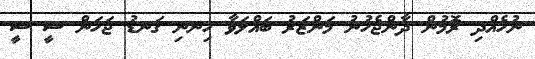
ނުހެއްދި ރޮމުން ދާންޖެހުނު މަންޒަރު ބައްލަވާ ހިނނި ގަނޑު ޖަހަން ސީ ސީ